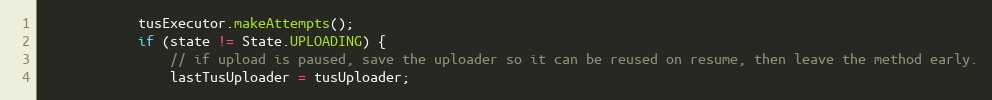
Language: Java
            tusExecutor.makeAttempts();
            if (state != State.UPLOADING) {
                // if upload is paused, save the uploader so it can be reused on resume, then leave the method early.
                lastTusUploader = tusUploader;